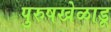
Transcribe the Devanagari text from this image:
पुरुषखेळाडू